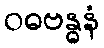
ဝဓဗန္ဓနံ